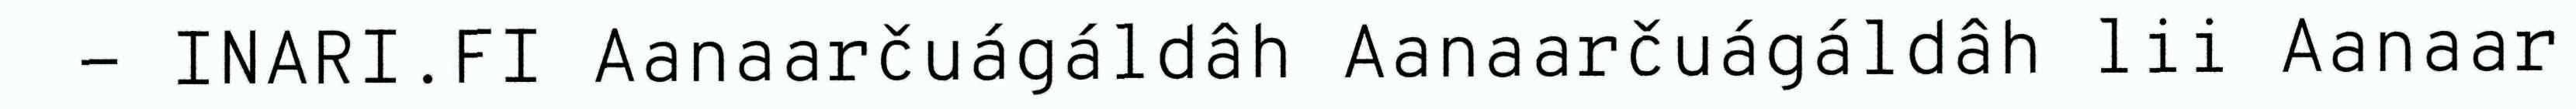
- INARI.FI Aanaarčuágáldâh Aanaarčuágáldâh lii Aanaar